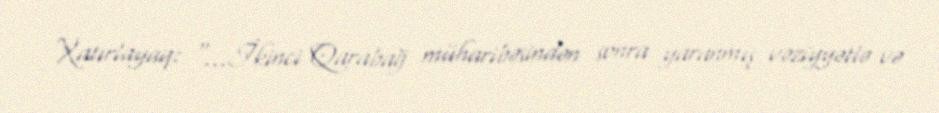
Xatırlayaq: “...İkinci Qarabağ müharibəsindən sonra yaranmış vəziyyətlə və